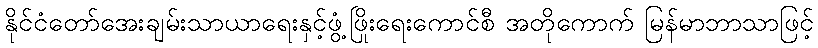
နိုင်ငံတော်အေးချမ်းသာယာရေးနှင့်ဖွံ့ဖြိုးရေးကောင်စီ အတိုကောက် မြန်မာဘာသာဖြင့်